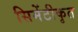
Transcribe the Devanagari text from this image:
सिमेंटीकृत